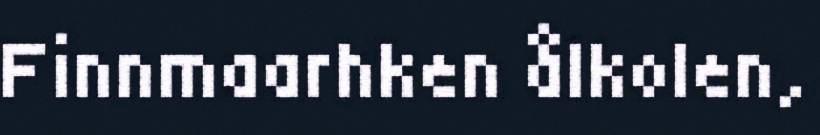
Finnmaarhken ålkolen,